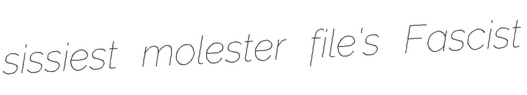
sissiest molester file's Fascist